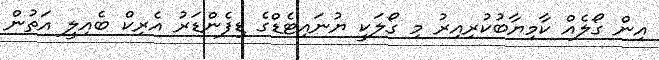
އިން ގޯލެއް ކާމިޔާބުކުރިއިރު މި ގޯލަކީ ޔުނައިޓެޑްގެ ޑިފެންޑަރު އެރިކް ބެއިލީ އަތުން